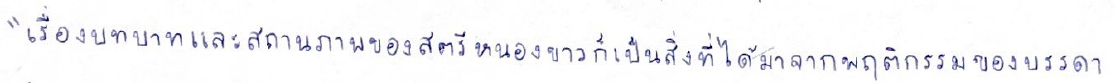
"เรื่องบทบาทและสถานภาพของสตรีหนองขาวก็เป็นสิ่งที่ได้มาจากพฤติกรรมของบรรดา